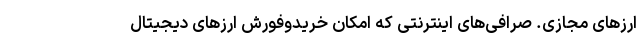
ارزهای مجازی. صرافی‌های اینترنتی که امکان خرید‌و‌فورش ارزهای دیجیتال